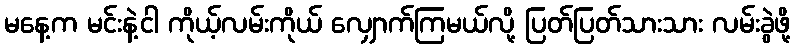
မနေ့က မင်းနဲ့ငါ ကိုယ့်လမ်းကိုယ် လျှောက်ကြမယ်လို့ ပြတ်ပြတ်သားသား လမ်းခွဲဖို့